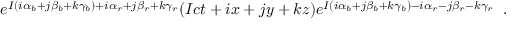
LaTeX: e ^ { { \cal I } ( i \alpha _ { b } + j \beta _ { b } + k \gamma _ { b } ) + i \alpha _ { r } + j \beta _ { r } + k \gamma _ { r } } ( { \cal I } c t + i x + j y + k z ) e ^ { { \cal I } ( i \alpha _ { b } + j \beta _ { b } + k \gamma _ { b } ) - i \alpha _ { r } - j \beta _ { r } - k \gamma _ { r } } \; \; .